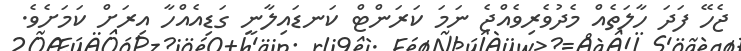
ޖެހޭ ފަދަ ހާލަތެއް މެދުވެރިވެއްޖެ ނަމަ ކަރަންޓް ކަނޑައިލާނީ ގަޑިއެއްހާ އިރަށް ކަމަށެވެ.